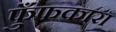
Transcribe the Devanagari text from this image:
फुँफकारा